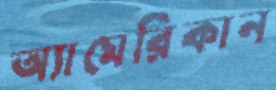
অ্যামেরিকান